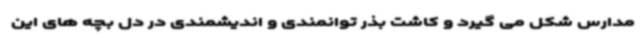
مدارس شکل می گیرد و کاشت بذر توانمندی و اندیشمندی در دل بچه های این